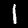
Label: 1